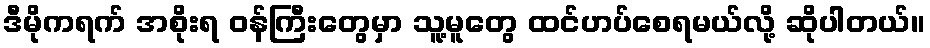
ဒီမိုကရက် အစိုးရ ဝန်ကြီးတွေမှာ သူ့မူတွေ ထင်ဟပ်စေရမယ်လို့ ဆိုပါတယ်။